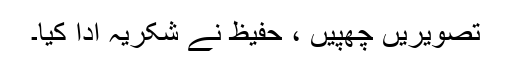
تصویریں چھپیں ، حفیظ نے شکریہ ادا کیا۔